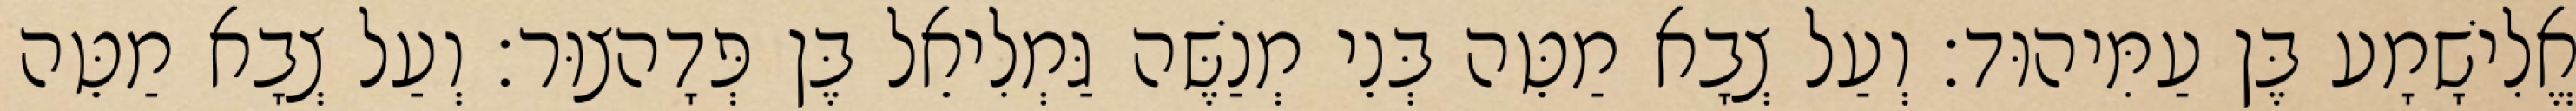
אֱלִישָׁמָע בֶּן עַמִּיהוּד׃ וְעַל צְבָא מַטֵּה בְּנֵי מְנַשֶּׁה גַּמְלִיאֵל בֶּן פְּדָהצוּר׃ וְעַל צְבָא מַטֵּה